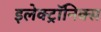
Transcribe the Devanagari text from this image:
इलेक्ट्रॉनिक्‍स